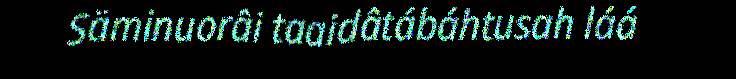
Säminuorâi taaidâtábáhtusah láá